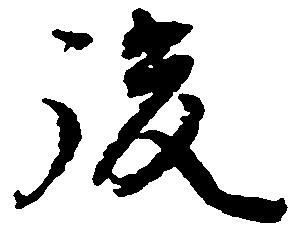
後